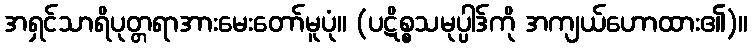
အရှင်သာရိပုတ္တရာအားမေးတော်မူပုံ။ (ပဋိစ္စသမုပ္ပါဒ်ကို အကျယ်ဟောထား၏)။